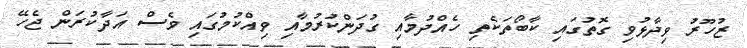
ޒުހޫރު ވިދާޅުވި ގޮތުގައި ކާބޯތަކެތި ހެއްދުމާއި ގުދަންކުރުމާއި ވިއްކުމުގައި ވެސް އަދާކުރަން ޖެހޭ